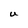
Character: U